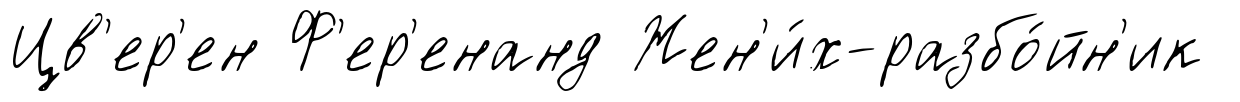
Цв'ер'ен Ф'ер'енанд Жен'и́х-разбо́йн'ик